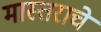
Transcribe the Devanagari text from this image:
मास्तराचे